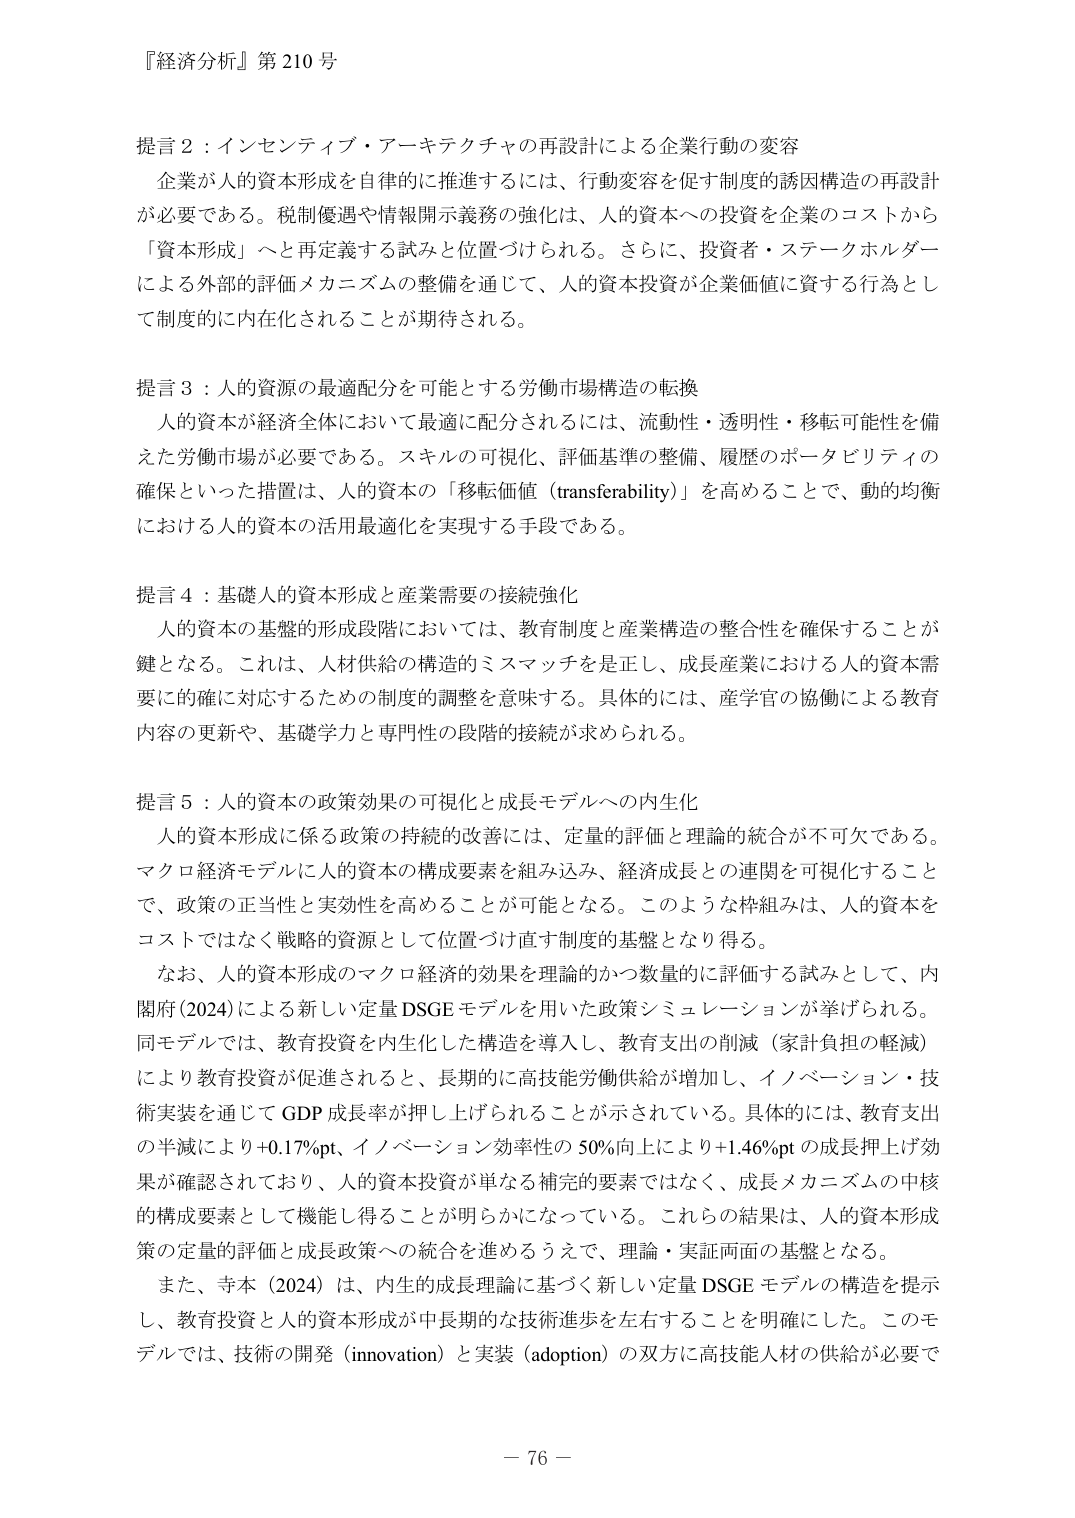
『経済分析』第210号

提言2：インセンティブ・アーキテクチャの再設計による企業行動の変容
企業が人的資本形成を自律的に推進するには、行動変容を促す制度的誘因構造の再設計が必要である。税制優遇や情報開示義務の強化は、人的資本への投資を企業のコストから「資本形成」へと再定義する試みと位置づけられる。さらに、投資者・ステークホルダーによる外部的評価メカニズムの整備を通じて、人的資本投資が企業価値に資する行為として制度的に内在化されることが期待される。

提言3：人的資源の最適配分を可能とする労働市場構造の転換
人的資本が経済全体において最適に配分されるには、流動性・透明性・移転可能性を備えた労働市場が必要である。スキルの可視化（評価基準の整備、履歴のポータビリティの確保といった措置は、人的資本の「移転価値（transferability）」を高めることで、動的均衡における人的資本の活用最適化を実現する手段である。

提言4：基礎人的資本形成と産業需要の接続強化
人的資本の基盤的形成段階においては、教育制度と産業構造の整合性を確保することが鍵となる。これは、人材供給の構造的ミスマッチを是正し、成長産業における人的資本需要に的確に対応するための制度的調整を意味する。具体的には、産学官の協働による教育内容の更新や、基礎学力と専門性の段階的接続が求められる。

提言5：人的資本の政策効果の可視化と成長モデルへの内在化
人的資本形成に係る政策の持続的改善には、定量的評価と理論的統合が不可欠である。マクロ経済モデルに人的資本の構成要素を組み込み、経済成長との連関を可視化することで、政策の正当性と実効性を高めることができる。このような枠組みは、人的資本をコストではなく戦略的資源として位置づけ直す制度的基盤となり得る。
なお、人的資本形成のマクロ経済的効果を理論的かつ数量的に評価する試みとして、内閣府（2024）による新しい定量DSGEモデルを用いた政策シミュレーションが挙げられる。同モデルでは、教育投資を内在化した構造を導入し、教育支出の削減（家計負担の軽減）により教育投資が促進されると、長期的に高技能労働供給が増加し、イノベーション・技術実装を通じてGDP成長率が押し上げられることが示されている。具体的には、教育支出の半減により+0.17%pt、イノベーション効率性の50%向上により+1.46%ptの成長押上げ効果が確認されており、人的資本投資が単なる補完的要素ではなく、成長メカニズムの中核的構成要素として機能し得ることが明らかになっている。これらの結果は、人的資本形成策の定量的評価と成長政策への統合を進めるうえで、理論・実証両面の基盤となる。
また、寺本（2024）は、内生的成長理論に基づく新しい定量DSGEモデルの構造を提示し、教育投資と人的資本形成が中長期的な技術進歩を左右することを明確にした。このモデルでは、技術の開発（innovation）と実装（adoption）の双方に高技能人材の供給が必要で

－76－